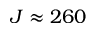
J \approx 2 6 0